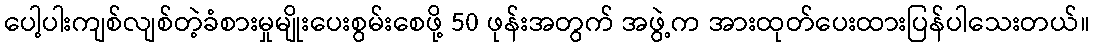
ပေါ့ပါးကျစ်လျစ်တဲ့ခံစားမှုမျိုးပေးစွမ်းစေဖို့ 50 ဖုန်းအတွက် အဖွဲ့က အားထုတ်ပေးထားပြန်ပါသေးတယ်။